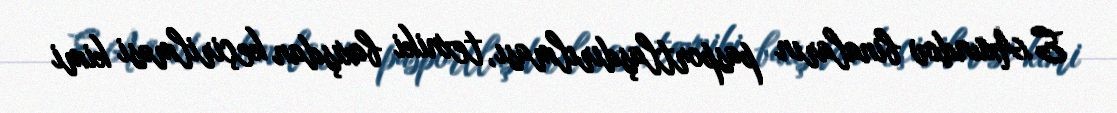
E.Axundov binaların pasportlaşdırılması, texniki baxışdan keçirilməsi kimi